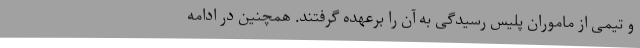
و تیمی از ماموران پلیس رسیدگی به آن را برعهده گرفتند. همچنین در ادامه